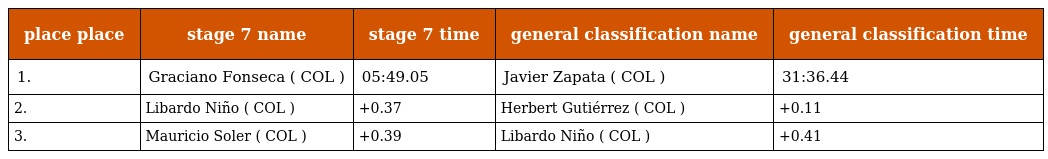
| place place | stage 7 name | stage 7 time | general classification name | general classification time |
 | --- | --- | --- | --- | --- |
 | 1. | Graciano Fonseca ( COL ) | 05:49.05 | Javier Zapata ( COL ) | 31:36.44 |
 | 2. | Libardo Niño ( COL ) | +0.37 | Herbert Gutiérrez ( COL ) | +0.11 |
 | 3. | Mauricio Soler ( COL ) | +0.39 | Libardo Niño ( COL ) | +0.41 |